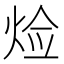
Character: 𤈷